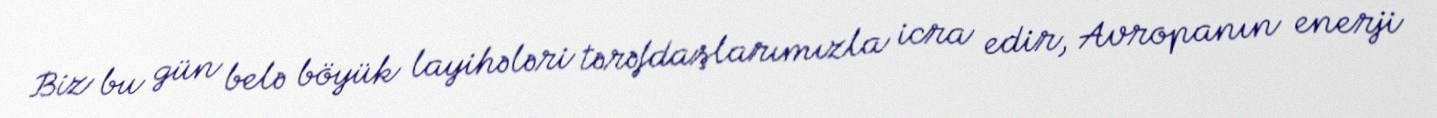
Biz bu gün belə böyük layihələri tərəfdaşlarımızla icra edir, Avropanın enerji